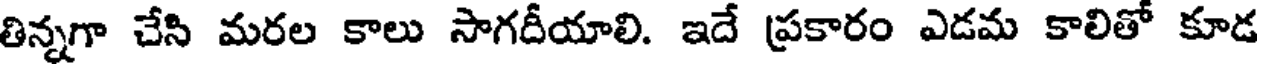
తిన్నగా చేసి మరల కాలు సాగదీయాలి. ఇదే (ప్రకారం ఎడమ కాలితో కూడ